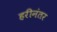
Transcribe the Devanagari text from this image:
हरीनंतर